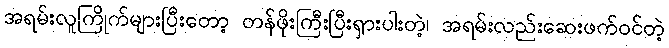
အရမ်းလူကြိုက်များပြီးတော့ တန်ဖိုးကြီးပြီးရှားပါးတဲ့၊ အရမ်းလည်းဆေးဖက်ဝင်တဲ့